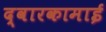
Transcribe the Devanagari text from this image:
द्वारकामाई